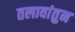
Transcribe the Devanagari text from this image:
तलावांतुन